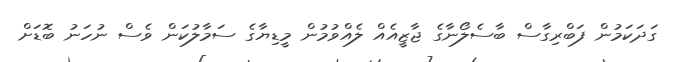
ގަދަކަމުން ފަބްރިގާސް ބާސެލޯނާގެ ޖާޒީއެއް ލެއްވުމުން މީޑިޔާގެ ސަމާލުކަން ވެސް ނުހަނު ބޮޑަށް